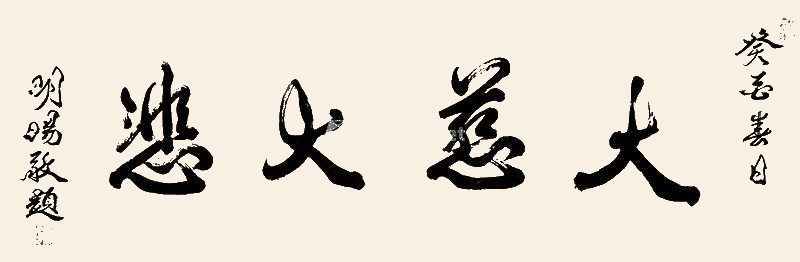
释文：大慈大悲癸亥春日，明旸敬题